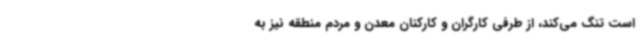
است تنگ می‌کند، از طرفی کارگران و کارکنان معدن و مردم منطقه نیز به